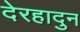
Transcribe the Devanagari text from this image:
देरहादुन